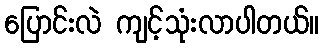
ပြောင်းလဲ ကျင့်သုံးလာပါတယ်။